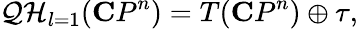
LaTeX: {\cal QH}_{l=1}({\mathbf CP}^{n})=T({\mathbf CP}^{n})\oplus\tau,